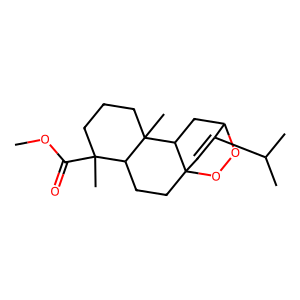
SMILES: COC(=O)C1(C)CCCC2(C)C3CC4OOC3(C=C4C(C)C)CCC12
Inhibits HIV replication: No